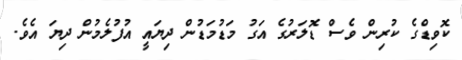
ކޮވިޑްގެ ކުރިން ވެސް ޑޮލަރުގެ އަގު މަޑުމަޑުން ދިޔައީ އުފުލެމުން ދިޔަ އެވެ.